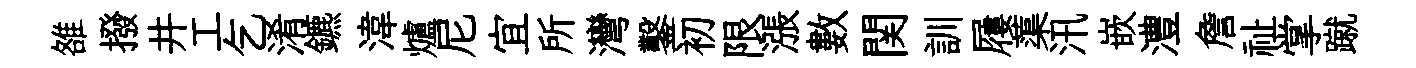
雒撥井工乞淆鑣湋爐尼宜所灣鑿初限漲數関訓屨蕖汛嵌澧詹祉掌蹴